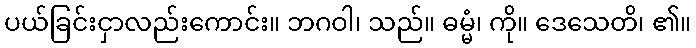
ပယ်ခြင်းငှာလည်းကောင်း။ ဘဂဝါ၊ သည်။ ဓမ္မံ၊ ကို။ ဒေသေတိ၊ ၏။